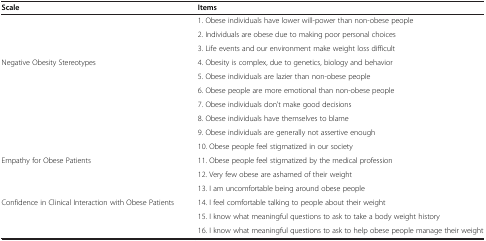
<table><thead><tr><td><b>Scale</b></td><td><b>Items</b></td></tr></thead><tbody><tr><td> </td><td>1. Obese individuals have lower will-power than non-obese people</td></tr><tr><td> </td><td>2. Individuals are obese due to making poor personal choices</td></tr><tr><td> </td><td>3. Life events and our environment make weight loss difficult</td></tr><tr><td>Negative Obesity Stereotypes</td><td>4. Obesity is complex, due to genetics, biology and behavior</td></tr><tr><td> </td><td>5. Obese individuals are lazier than non-obese people</td></tr><tr><td> </td><td>6. Obese people are more emotional than non-obese people</td></tr><tr><td> </td><td>7. Obese individuals don&#x27;t make good decisions</td></tr><tr><td> </td><td>8. Obese individuals have themselves to blame</td></tr><tr><td> </td><td>9. Obese individuals are generally not assertive enough</td></tr><tr><td> </td><td>10. Obese people feel stigmatized in our society</td></tr><tr><td>Empathy for Obese Patients</td><td>11. Obese people feel stigmatized by the medical profession</td></tr><tr><td> </td><td>12. Very few obese are ashamed of their weight</td></tr><tr><td> </td><td>13. I am uncomfortable being around obese people</td></tr><tr><td>Confidence in Clinical Interaction with Obese Patients</td><td>14. I feel comfortable talking to people about their weight</td></tr><tr><td> </td><td>15. I know what meaningful questions to ask to take a body weight history</td></tr><tr><td> </td><td>16. I know what meaningful questions to ask to help obese people manage their weight</td></tr></tbody></table>